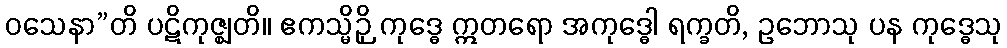
ဝသေနာ”တိ ပဋိကုဇ္ဈတိ။ ဧကသ္မိဉှိ ကုဒ္ဓေ ဣတရော အကုဒ္ဓေါ ရက္ခတိ, ဥဘောသု ပန ကုဒ္ဓေသု